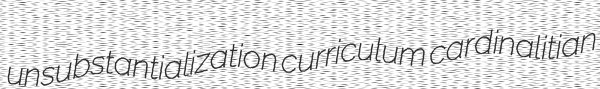
unsubstantialization curriculum cardinalitian